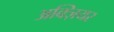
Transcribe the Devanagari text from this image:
अक्ज़ियर